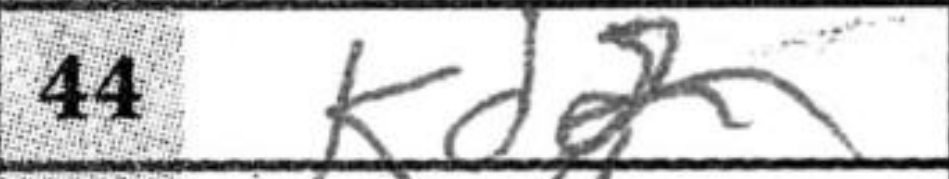
Transcription: Kd2